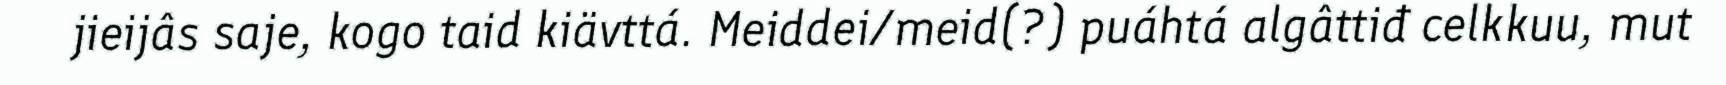
jieijâs saje, kogo taid kiävttá. Meiddei/meid(?) puáhtá algâttiđ celkkuu, mut